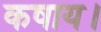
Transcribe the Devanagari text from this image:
कषाय।